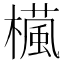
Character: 𣜳